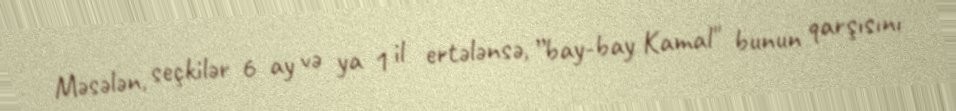
Məsələn, seçkilər 6 ay və ya 1 il ertələnsə, ”bay-bay Kamal" bunun qarşısını